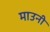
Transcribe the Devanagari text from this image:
माउनी